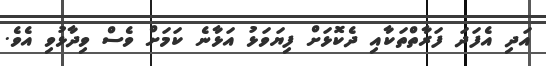
އަދި އެފަދަ ފަރާތްތަކާއި ދެކޮޅަށް ފިޔަވަޅު އަޅާނެ ކަމަށް ވެސް ވިދާޅުވި އެވެ.